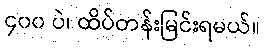
၄၀၀ ပဲ၊ ထိပ်တန်းမြင်းရမယ်။